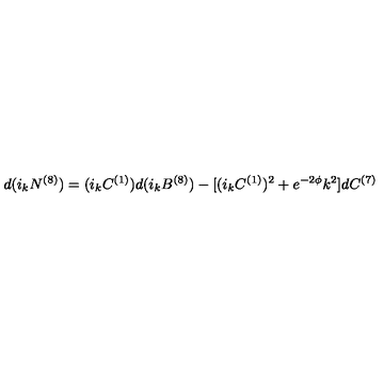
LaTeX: d ( i _ { k } N ^ { ( 8 ) } ) = ( i _ { k } C ^ { ( 1 ) } ) d ( i _ { k } B ^ { ( 8 ) } ) - [ ( i _ { k } C ^ { ( 1 ) } ) ^ { 2 } + e ^ { - 2 \phi } k ^ { 2 } ] d C ^ { ( 7 ) }